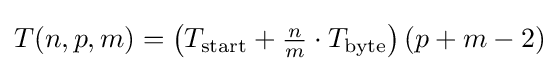
{\textstyle T(n,p,m)=\left(T_{\text{start}}+{\frac {n}{m}}\cdot T_{\text{byte}}\right)(p+m-2)}